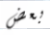
بعض